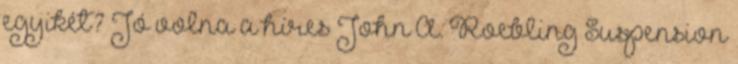
egyikét? Jó volna a híres John A. Roebling Suspension